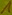
Text: 1